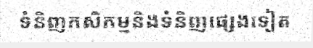
ទំនិញកសិកម្មនិងទំនិញផ្សេងទៀត